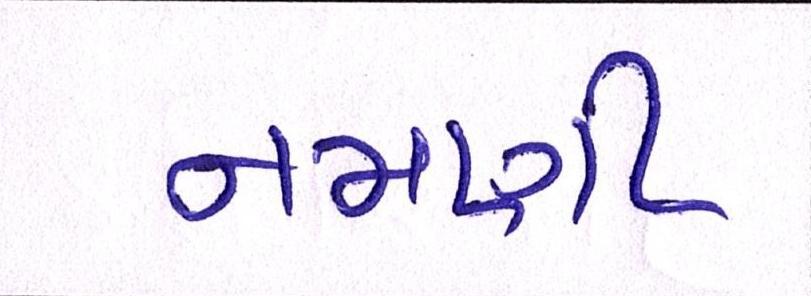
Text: નમણી